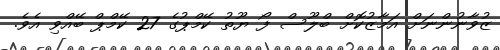
ޒުވާނުންނަށް އަމާޒުކޮށް ބްލޫސް ފޯ ޔޫތު ކޭމްޕުގެ 27 ކޭމްޕް ބޭއްވި އެވެ.